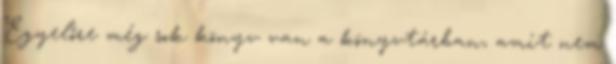
Egyelőre még sok könyv van a könyvtárban, amit nem